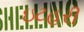
ઇટહરી